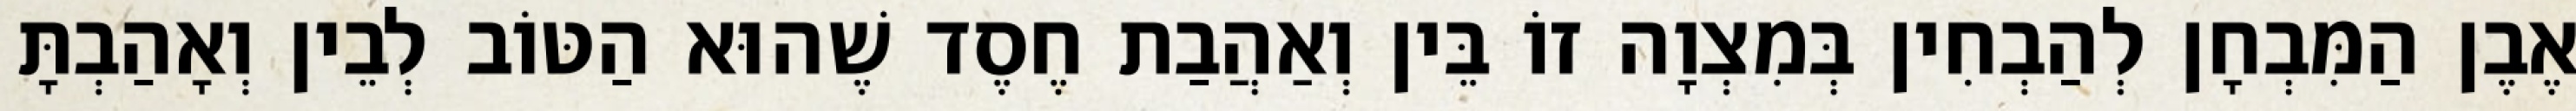
אֶבֶן הַמִּבְחָן לְהַבְחִין בְּמִצְוָה זוֹ בֵּין וְאַהֲבַת חֶסֶד שֶׁהוּא הַטּוֹב לְבֵין וְאָהַבְתָּ